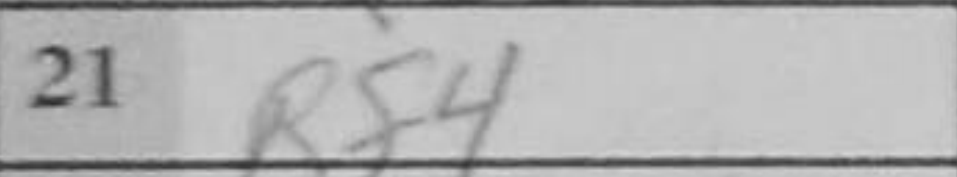
Transcription: Rf4